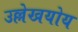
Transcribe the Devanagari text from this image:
उल्लेखयोय